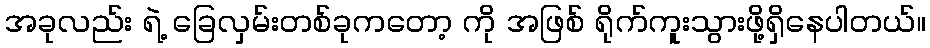
အခုလည်း ရဲ့ ခြေလှမ်းတစ်ခုကတော့ ကို အဖြစ် ရိုက်ကူးသွားဖို့ရှိနေပါတယ်။